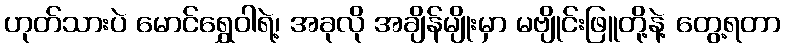
ဟုတ်သားပဲ မောင်ရွှေဝါရဲ့၊ အခုလို အချိန်မျိုးမှာ မဗျိုင်းဖြူတို့နဲ့ တွေ့ရတာ